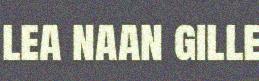
lea naan gille